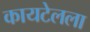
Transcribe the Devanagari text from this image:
कायटेलला